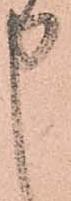
申